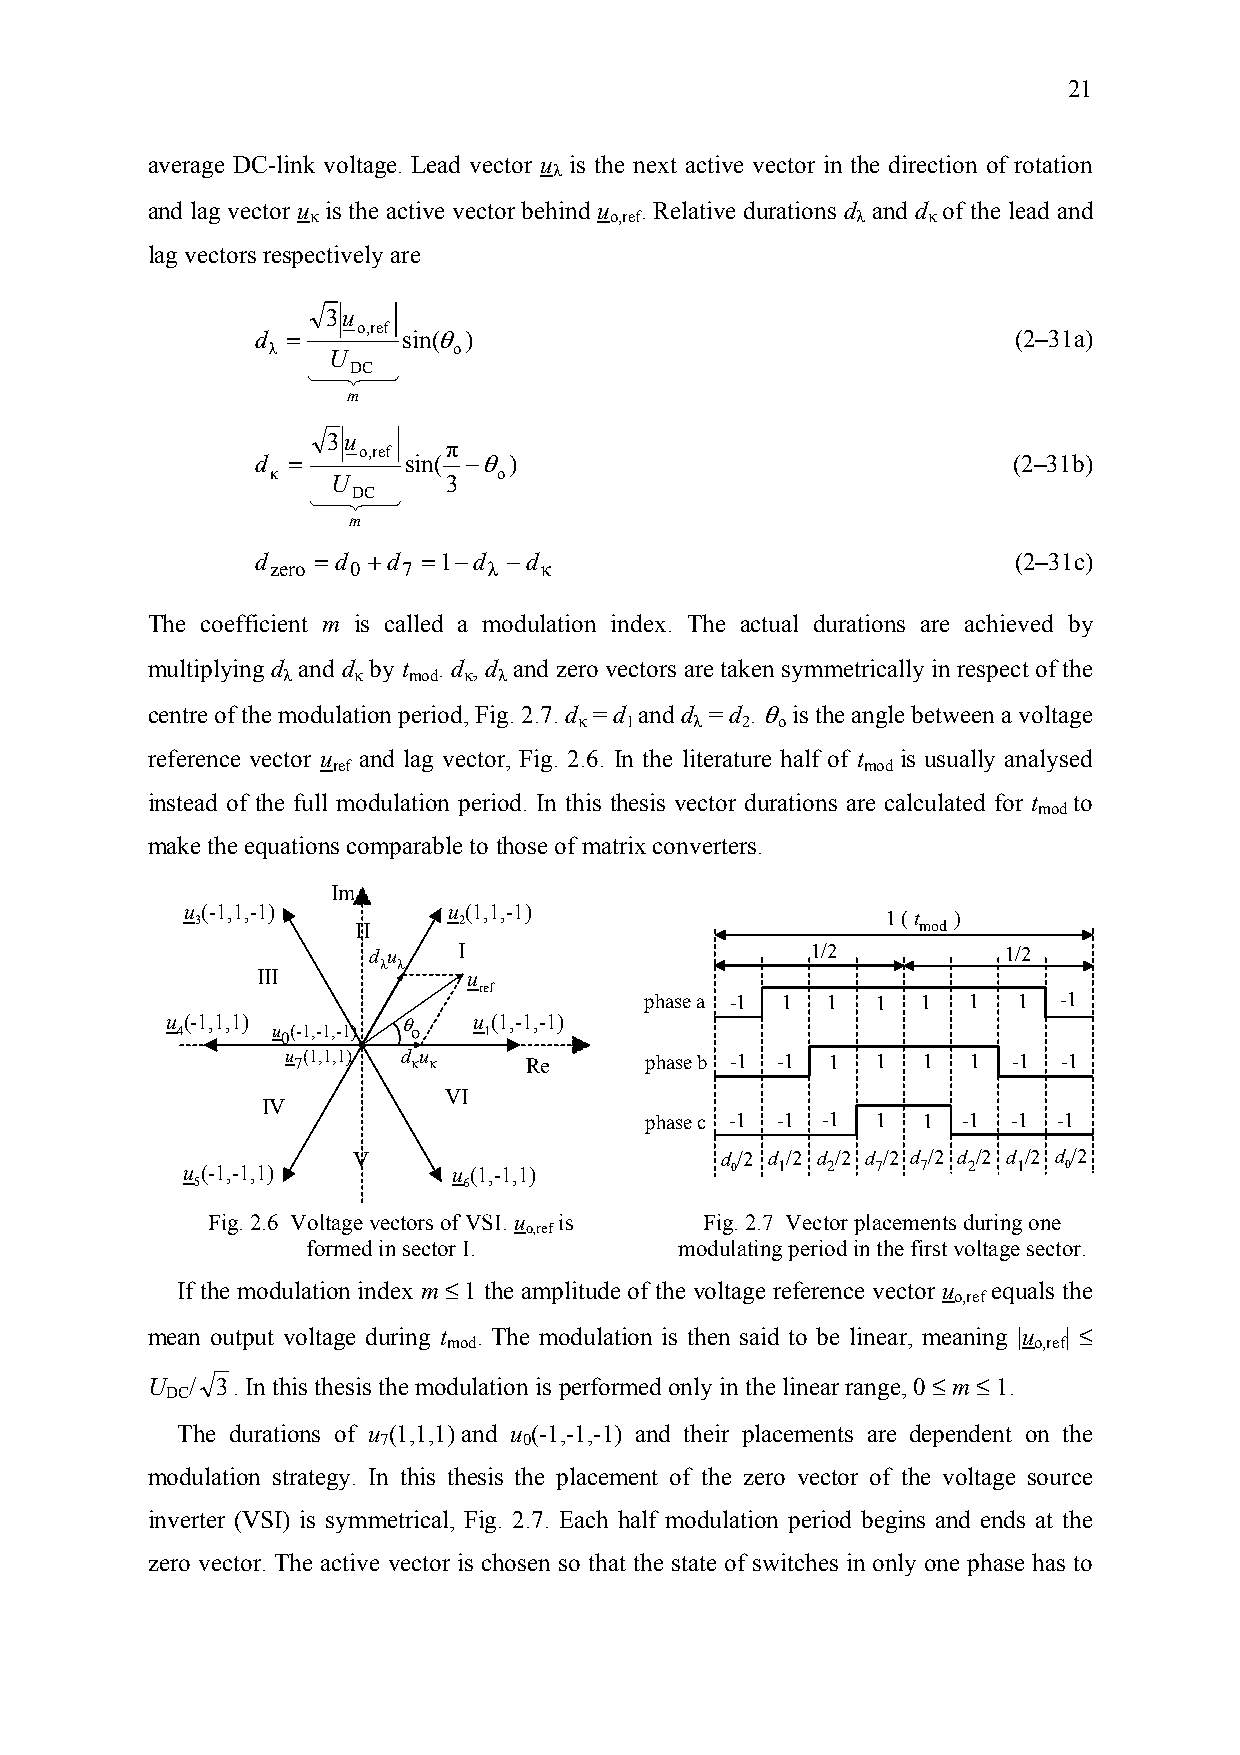
21
 average DC-link voltage. Lead vector uλ is the next active vector in the direction of rotation
 and lag vector uκ is the active vector behind u o,ref. Relative durations dλ and dκ of the lead and
 lag vectors respectively are
 3u
 d =    o,ref sin(θ)                               (2–31a)
 λ           o
 U
 DC
 14243
 m
 3u     π
 d =    o,ref sin( −θ)                             (2–31b)
 κ              o
 U      3
 DC
 14243
 m
 d   = d +d =1−d  −d                               (2–31c)
 zero 0   7    λ   κ
 The coefficient m is called a modulation index. The actual durations are achieved by
 multiplying dλ and dκ by t mod. dκ, dλ and zero vectors are taken symmetrically in respect of the
 centre of the modulation period, Fig. 2.7. dκ = d
 1
 and dλ = d 2. θ
 o
 is the angle between a voltage
 reference vector u and lag vector, Fig. 2.6. In the literature half of t is usually analysed
 ref                                mod
 instead of the full modulation period. In this thesis vector durations are calculated for t to
 mod
 make the equations comparable to those of matrix converters.
 Im
 u (-1,1,-1)       u (1,1,-1)
 3          II    2                            1 ( t mod )
 d u   I                       1/2          1/2
 λ λ
 III           u
 ref
 phase a -1 1 1 1  1  1  1  -1
 u (-1,1,1)      θ   u (1,-1,-1)
 4     u 0(-1,-1,-1) ο 1
 u 7(1,1,1) d κu κ Re    phase b -1 -1 1 1 1  1  -1 -1
 VI
 IV
 phase c -1 -1 -1 1 1 -1 -1 -1
 V                        d /2 d /2 d /2 d /2 d /2 d /2 d /2 d/2
 u (-1,-1,1)       u (1,-1,1)        0   1  2  7  7  2  1  0
 5                 6
 Fig. 2.6 Voltage vectors of VSI. u is Fig. 2.7 Vector placements during one
 o,ref
 formed in sector I.      modulating period in the first voltage sector.
 If the modulation index m ≤ 1 the amplitude of the voltage reference vector u equals the
 o,ref
 mean output voltage during t . The modulation is then said to be linear, meaning |u | ≤
 mod                                   o,ref
 U  / 3. In this thesis the modulation is performed only in the linear range, 0 ≤ m ≤ 1.
 DC
 The durations of u (1,1,1) and u (-1,-1,-1) and their placements are dependent on the
 7         0
 modulation strategy. In this thesis the placement of the zero vector of the voltage source
 inverter (VSI) is symmetrical, Fig. 2.7. Each half modulation period begins and ends at the
 zero vector. The active vector is chosen so that the state of switches in only one phase has to